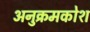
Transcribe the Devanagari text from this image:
अनुक्रमकोश